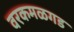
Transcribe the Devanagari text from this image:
वरकमळगड